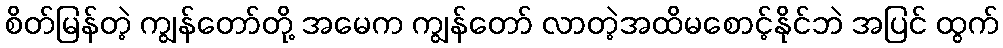
စိတ်မြန်တဲ့ ကျွန်တော်တို့ အမေက ကျွန်တော် လာတဲ့အထိမစောင့်နိုင်ဘဲ အပြင် ထွက်